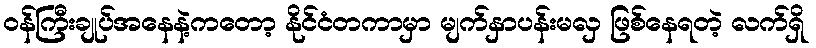
ဝန်ကြီးချုပ်အနေနဲ့ကတော့ နိုင်ငံတကာမှာ မျက်နှာပန်းမလှ ဖြစ်နေရတဲ့ လက်ရှိ